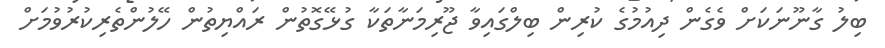
ބިލު ގާނޫނަކަށް ވެގެން ދިއުމުގެ ކުރިން ބިލްގައިވާ ޖޫރިމަނާތަކާ ގުޅޭގޮތުން ރައްޔިތުން ހޭލުންތެރިކުރުވުމަށް